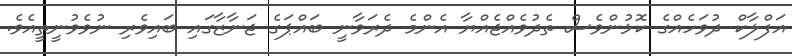
އަފްލާކް ދުވަހެއްގެ ކޮޅުންވެސް ތެދުވެއްޖެއްޔާ އެންމެ ދެރަވާނީ ބައްޕަގެ ޖަނާޒާގައި ބައިވެރި ނުވެވުނީތީއެވެ.